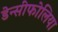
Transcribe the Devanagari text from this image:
डेन्सीफोलिया